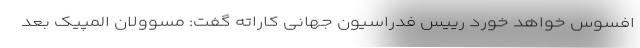
افسوس خواهد خورد رییس فدراسیون جهانی کاراته گفت: مسوولان المپیک بعد